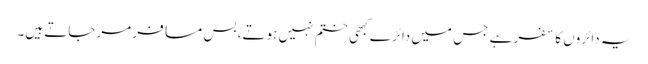
یہ دائروں کا سفر ہے جس میں دائرے کبھی ختم نہیں ہوتے، بس مسافر مرجاتے ہیں۔